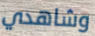
وشاهدي